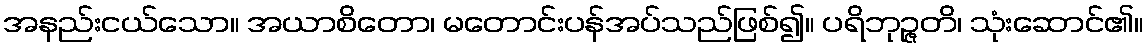
အနည်းငယ်သော။ အယာစိတော၊ မတောင်းပန်အပ်သည်ဖြစ်၍။ ပရိဘုဉ္ဇတိ၊ သုံးဆောင်၏။